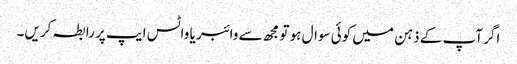
اگر آپ کے ذہن میں کوئی سوال ہو تو مجھ سے وائبر یا واٹس ایپ پر رابطہ کریں۔